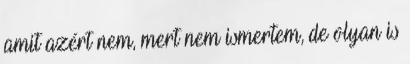
amit azért nem, mert nem ismertem, de olyan is